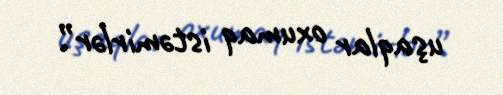
uşaqlar oxumaq istəmirlər”.